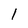
Character: 1